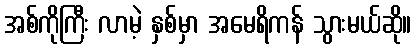
အစ်ကိုကြီး လာမဲ့ နှစ်မှာ အမေရိကန် သွားမယ်ဆို။